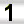
Digit: 1